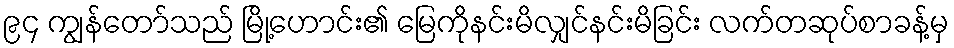
၉၄ ကျွန်တော်သည် မြို့ဟောင်း၏ မြေကိုနင်းမိလျှင်နင်းမိခြင်း လက်တဆုပ်စာခန့်မှ